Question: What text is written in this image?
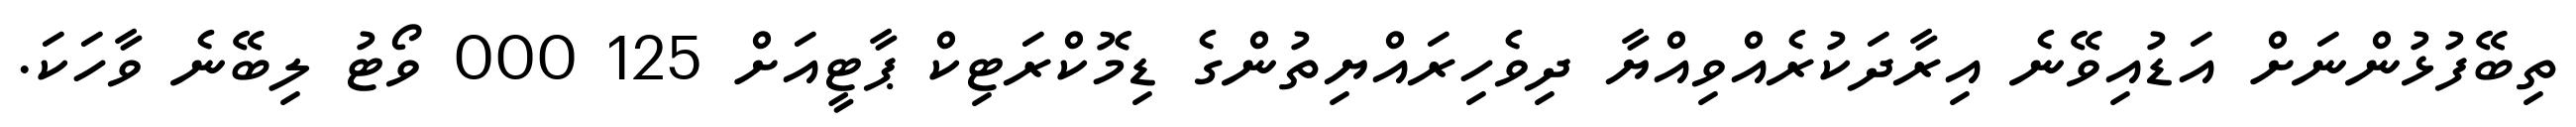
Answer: ތިބޭފުޅުންނަށް އަޑުއިވޭނެ އިރާދަކުރެއްވިއްޔާ ދިވެހިރައްޔިތުންގެ ޑިމޮކްރަޓިކް ޕާޓީއަށް 125 000 ވޯޓު ލިބޭނެ ވާހަކަ.